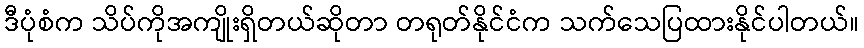
ဒီပုံစံက သိပ်ကိုအကျိုးရှိတယ်ဆိုတာ တရုတ်နိုင်ငံက သက်သေပြထားနိုင်ပါတယ်။